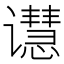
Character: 𬤭